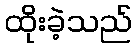
ထိုးခဲ့သည်